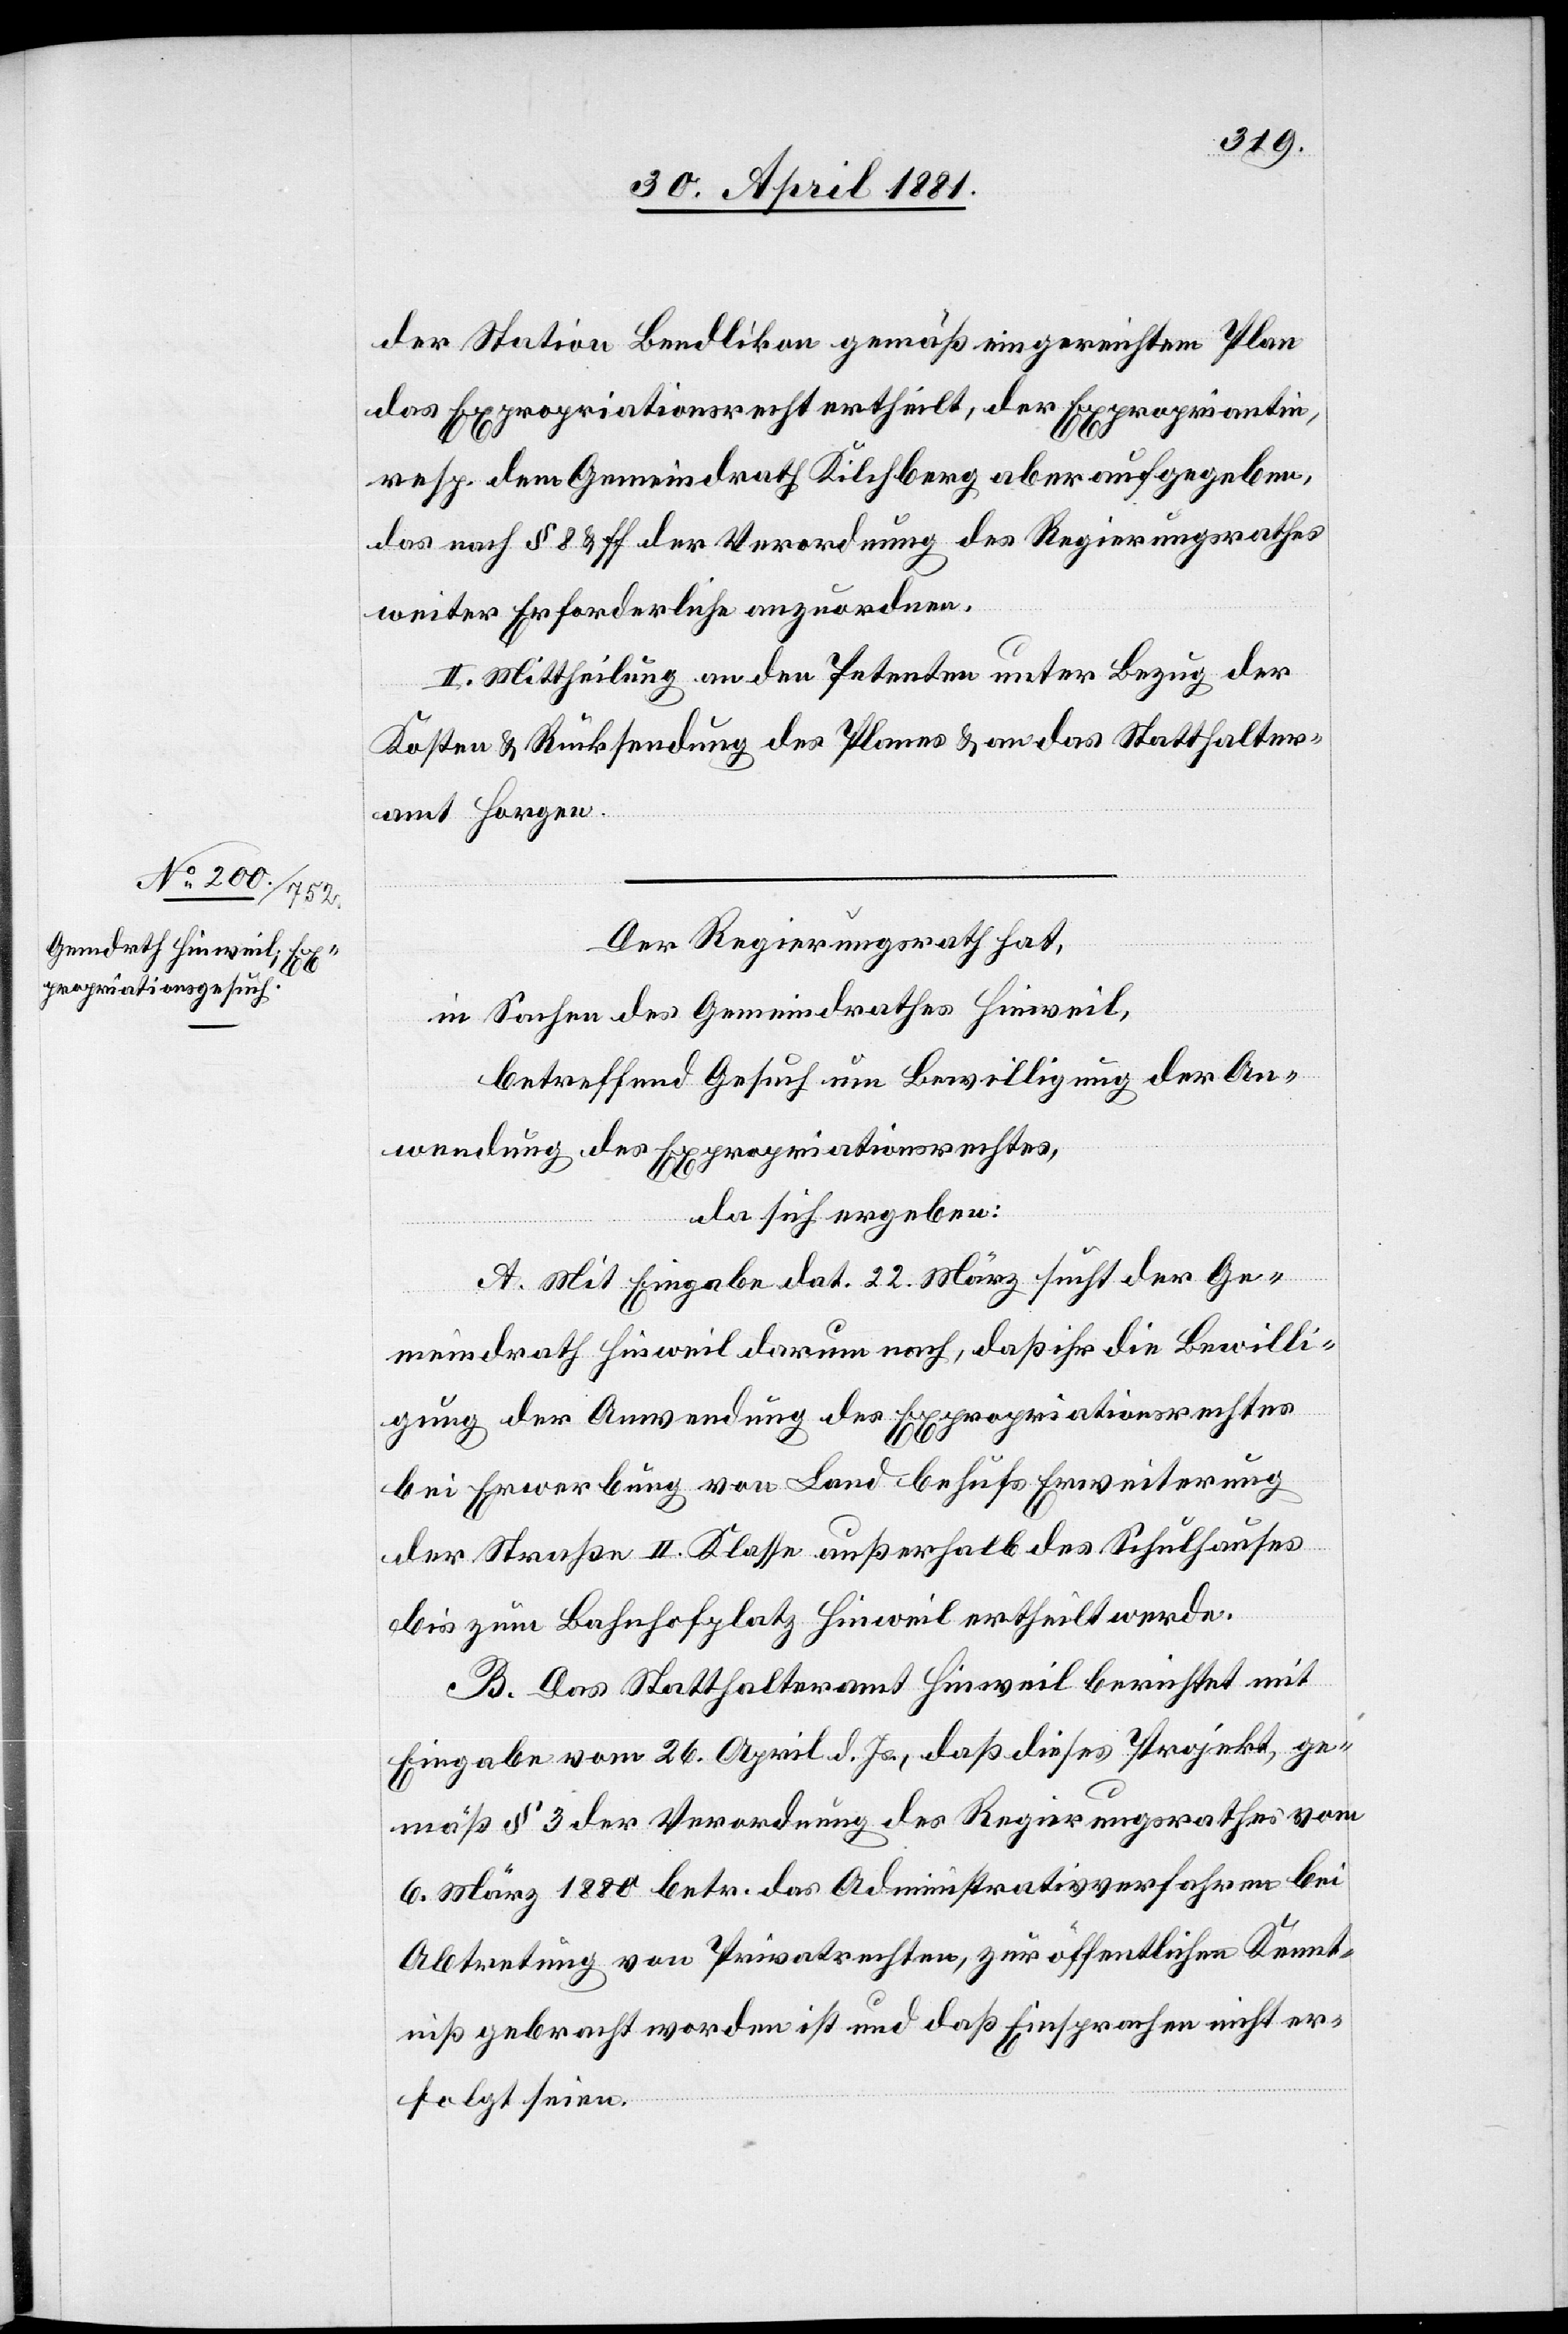
der Station Bendlikon gemäß eingereichtem Plan
das Expropriationsrecht ertheilt, der Exproprientin
resp. dem Gemeindrath Kilchberg aber aufgegeben,
das nach § 8 & ff der Verordnung des Regierungsrathes
weiter Erforderliche anzuordnen.
II. Mittheilung an den Petenten unter Bezug der
Kosten & Rücksendung des Planes & an das Statthalter¬
amt Horgen.
Der Regierungsrath hat,
in Sachen des Gemeindrathes Hinweil,
betreffend Gesuch um Bewilligung der An¬
wendung des Expropriationsrechtes,
da sich ergeben:
A. Mit Eingabe dat. 22. März sucht der Ge¬
meindrath Hinweil darum nach, daß ihr die Bewilli¬
gung der Anwendung des Expropriationsrechtes
bei Erwerbung von Land behufs Erweiterung
der Straße II. Klasse außerhalb des Schulhauses
bis zum Bahnhofplatz Hinweil ertheilt werde.
B. Das Statthalteramt Hinweil berichtet mit
Eingabe vom 26. April d. Js., daß dieses Projekt, ge¬
mäß § 3 der Verordnung des Regierungsrathes vom
6. März 1880 betr. das Administrativverfahren bei
Abtretung von Privatrechten, zur öffentlichen Kennt¬
niß gebracht worden ist und daß Einsprachen nicht er¬
folgt seien.